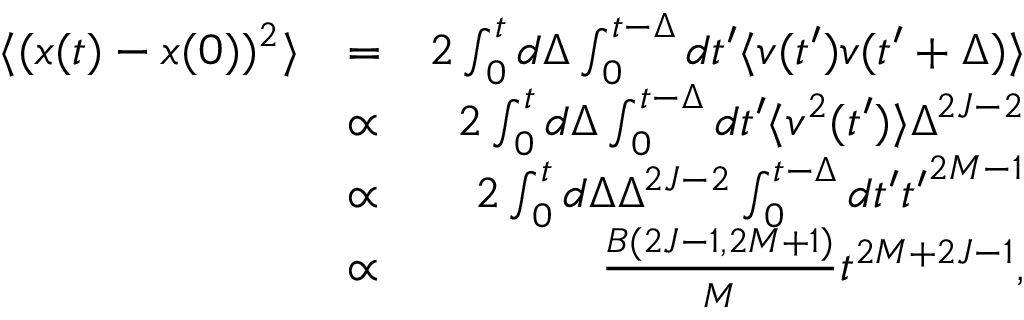
\begin{array} { r l r } { \langle ( x ( t ) - x ( 0 ) ) ^ { 2 } \rangle } & { = } & { 2 \int _ { 0 } ^ { t } d \Delta \int _ { 0 } ^ { t - \Delta } d t ^ { \prime } \langle v ( t ^ { \prime } ) v ( t ^ { \prime } + \Delta ) \rangle } \\ & { \propto } & { 2 \int _ { 0 } ^ { t } d \Delta \int _ { 0 } ^ { t - \Delta } d t ^ { \prime } \langle v ^ { 2 } ( t ^ { \prime } ) \rangle \Delta ^ { 2 J - 2 } } \\ & { \propto } & { 2 \int _ { 0 } ^ { t } d \Delta \Delta ^ { 2 J - 2 } \int _ { 0 } ^ { t - \Delta } d t ^ { \prime } { t ^ { \prime } } ^ { 2 M - 1 } } \\ & { \propto } & { \frac { B ( 2 J - 1 , 2 M + 1 ) } { M } t ^ { 2 M + 2 J - 1 } , } \end{array}